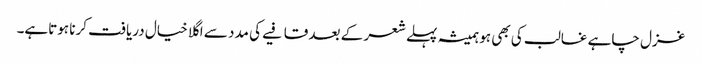
غزل چاہے غالب کی بھی ہو ہمیشہ پہلے شعر کے بعد قافیے کی مدد سے اگلا خیال دریافت کرنا ہوتاہے۔